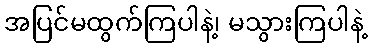
အပြင်မထွက်ကြပါနဲ့၊ မသွားကြပါနဲ့